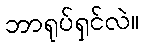
ဘာရုပ်ရှင်လဲ။